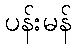
ပန်းမန်